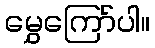
မွှေကြော်ပါ။